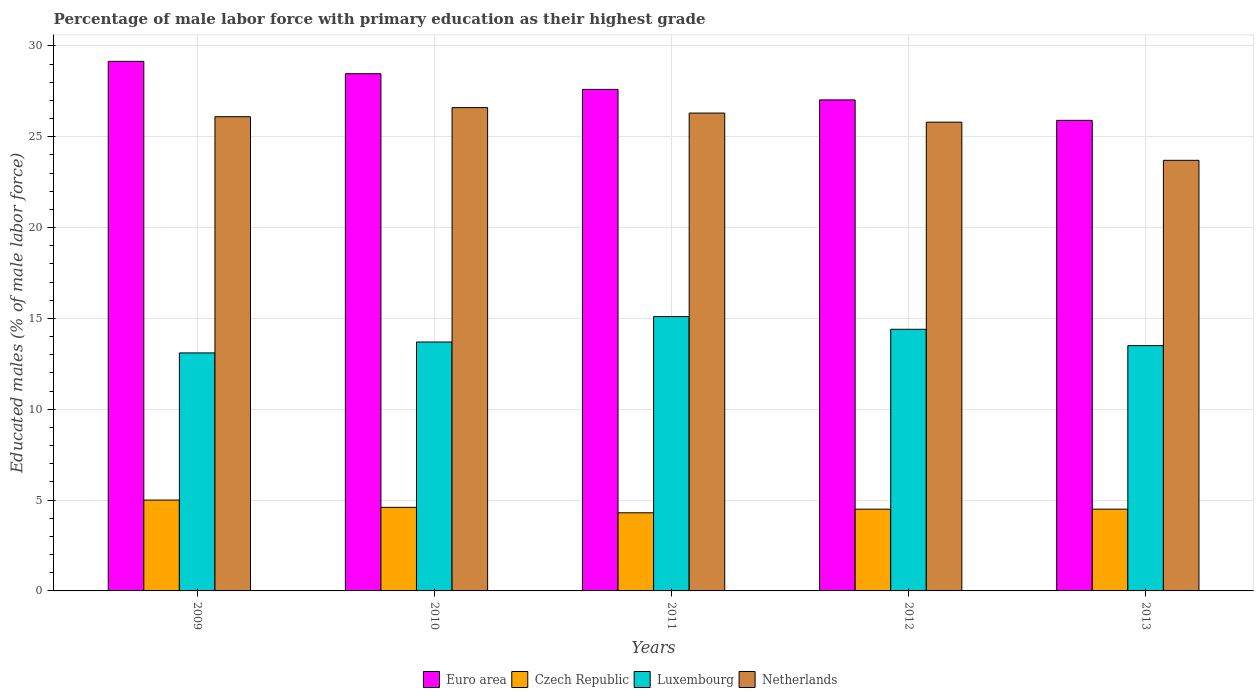
| Years | Euro area | Czech Republic | Luxembourg | Netherlands |
 | --- | --- | --- | --- | --- |
 | 2009 | 29.1 | 5 | 13.1 | 26.1 |
 | 2010 | 28.5 | 4.6 | 13.7 | 26.6 |
 | 2011 | 27.6 | 4.3 | 15.1 | 26.3 |
 | 2012 | 27 | 4.5 | 14.4 | 25.8 |
 | 2013 | 25.9 | 4.5 | 13.5 | 23.7 |